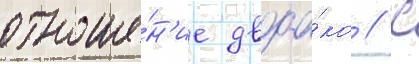
отноше́н'ие двоа́ко / с